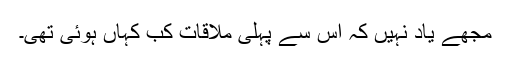
مجھے یاد نہیں کہ اس سے پہلی ملاقات کب کہاں ہوئی تھی۔